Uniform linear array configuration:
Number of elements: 12
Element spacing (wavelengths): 1
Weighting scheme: exponential
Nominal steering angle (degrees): -30
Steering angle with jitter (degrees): -28.636
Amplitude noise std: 0.05
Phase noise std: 0.05

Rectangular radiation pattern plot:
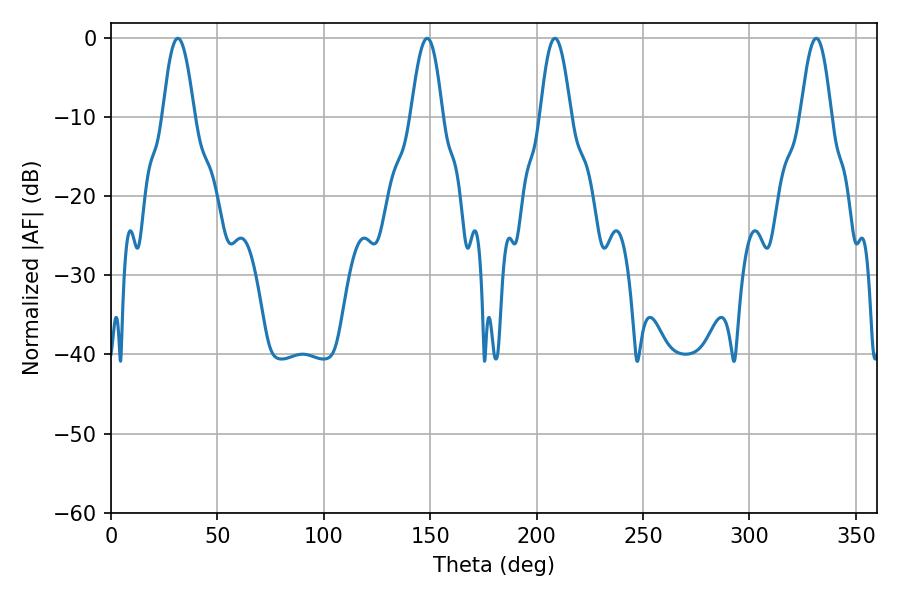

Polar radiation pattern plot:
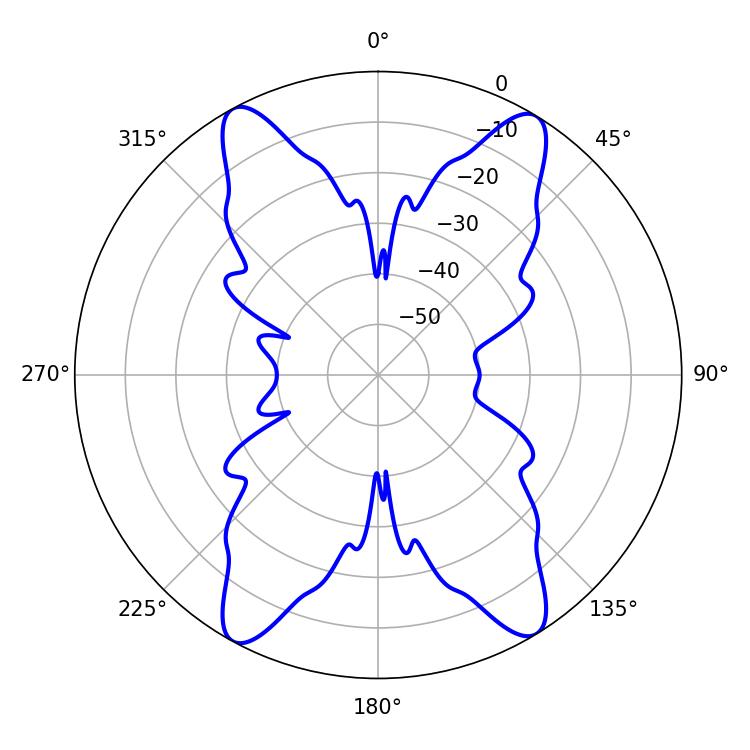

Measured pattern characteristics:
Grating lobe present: TRUE
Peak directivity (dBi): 20.424
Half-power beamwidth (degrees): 7.74
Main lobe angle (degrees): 208.62